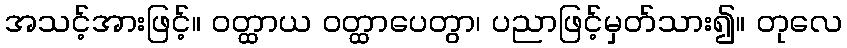
အသင့်အားဖြင့်။ ဝတ္ထာယ ဝတ္ထာပေတွာ၊ ပညာဖြင့်မှတ်သား၍။ တုလေ